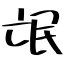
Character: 氓